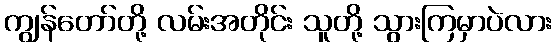
ကျွန်တော်တို့ လမ်းအတိုင်း သူတို့ သွားကြမှာပဲလား